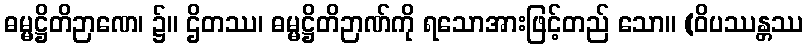
ဓမ္မဋ္ဌိတိဉာဏေ၊ ၌။ ဌိတဿ၊ ဓမ္မဋ္ဌိတိဉာဏ်ကို ရသောအားဖြင့်တည် သော။ (ဝိပဿန္တဿ